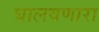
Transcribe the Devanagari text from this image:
घालवणारा